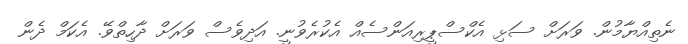
ނެތިއްޔާމުން. ވަރަށް ސަޅި އެކްސްޕީރިއަންސެއް އެކުރެވުނީ. އަދިވެސް ވަރަށް ދާހިތްވޭ. އެކަމް ދެން